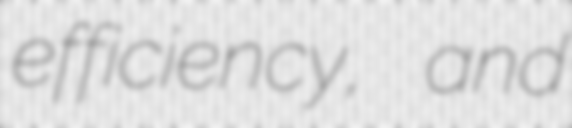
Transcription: efficiency, and